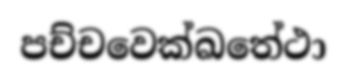
පච්චවෙක්ඛතේථා